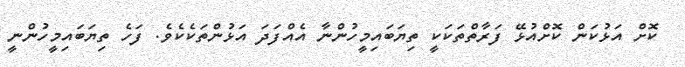
ކޮށް އަޅުކަން ކޮށްއުޅޭ ފަރާތްތަކަކީ ތިޔަބައިމީހުންނާ އެއްފަދަ އަޅުންތަކެކެވެ. ފަހެ ތިޔަބައިމީހުންނީ